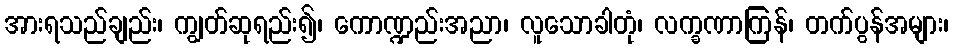
အားရသည်ချည်း၊ ကျွတ်ဆုရည်း၍၊ ကောဏ္ဍည်းအညာ၊ လူသောခါတုံ၊ လက္ခဏာကြန်၊ တက်ပွန်အများ၊